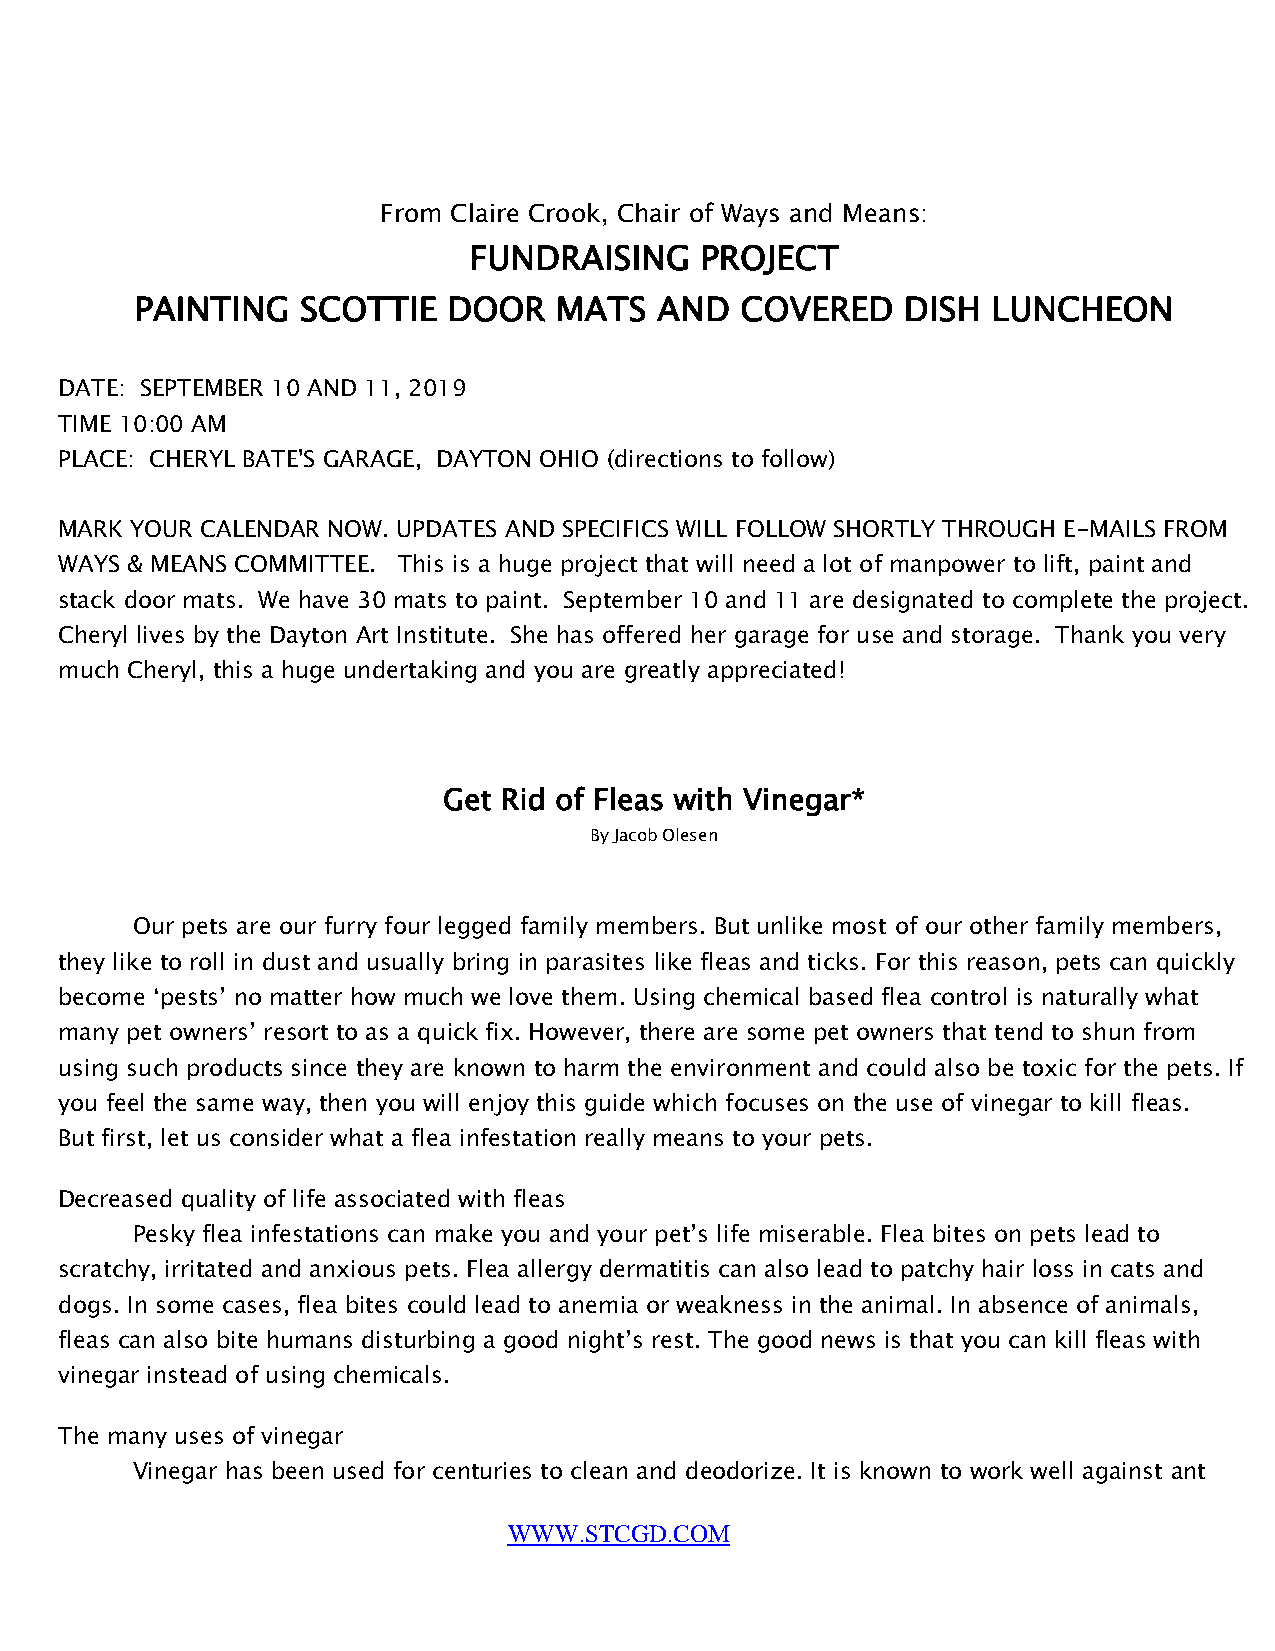
From Claire Crook, Chair of Ways and Means:
 FUNDRAISING    PROJECT
 PAINTING   SCOTTIE   DOOR   MATS   AND  COVERED    DISH  LUNCHEON
 DATE: SEPTEMBER 10 AND 11, 2019
 TIME 10:00 AM
 PLACE: CHERYL BATE'S GARAGE, DAYTON OHIO (directions to follow)
 MARK YOUR CALENDAR NOW. UPDATES AND SPECIFICS WILL FOLLOW SHORTLY THROUGH E-MAILS FROM
 WAYS & MEANS COMMITTEE. This is a huge project that will need a lot of manpower to lift, paint and
 stack door mats. We have 30 mats to paint. September 10 and 11 are designated to complete the project.
 Cheryl lives by the Dayton Art Institute. She has offered her garage for use and storage. Thank you very
 much Cheryl, this a huge undertaking and you are greatly appreciated!
 Get Rid of Fleas with Vinegar*
 By Jacob Olesen
 Our pets are our furry four legged family members. But unlike most of our other family members,
 they like to roll in dust and usually bring in parasites like fleas and ticks. For this reason, pets can quickly
 become ‘pests’ no matter how much we love them. Using chemical based flea control is naturally what
 many pet owners’ resort to as a quick fix. However, there are some pet owners that tend to shun from
 using such products since they are known to harm the environment and could also be toxic for the pets. If
 you feel the same way, then you will enjoy this guide which focuses on the use of vinegar to kill fleas.
 But first, let us consider what a flea infestation really means to your pets.
 Decreased quality of life associated with fleas
 Pesky flea infestations can make you and your pet’s life miserable. Flea bites on pets lead to
 scratchy, irritated and anxious pets. Flea allergy dermatitis can also lead to patchy hair loss in cats and
 dogs. In some cases, flea bites could lead to anemia or weakness in the animal. In absence of animals,
 fleas can also bite humans disturbing a good night’s rest. The good news is that you can kill fleas with
 vinegar instead of using chemicals.
 The many uses of vinegar
 Vinegar has been used for centuries to clean and deodorize. It is known to work well against ant
 WWW.STCGD.COM